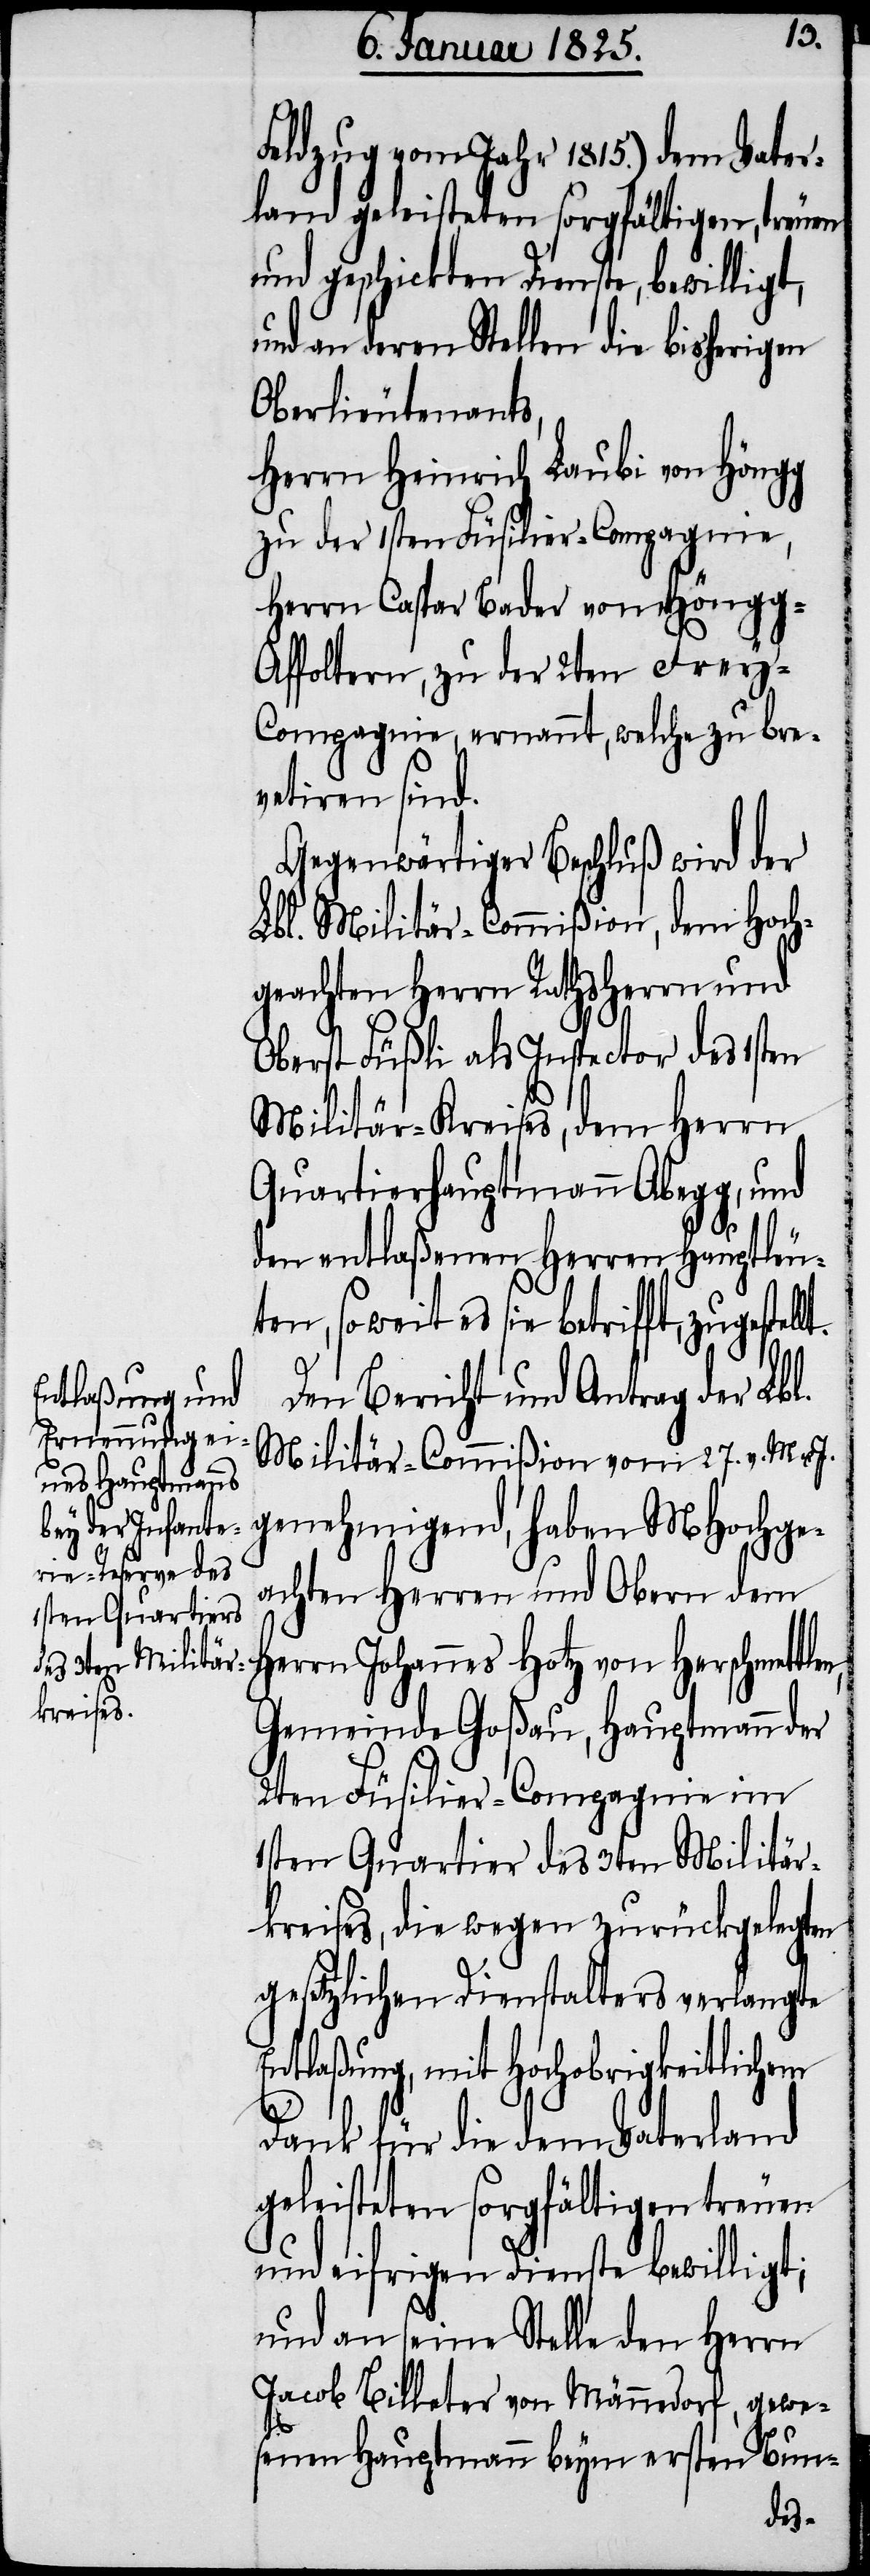
llt.
Feldzug vom Jahr 1815.) dem Vater¬
land geleisteten sorgfältigen, treuen
und geschickten Dienste, bewilligt,
und an deren Stellen die bisherigen
Oberlieutenants,
Herrn Heinrich Laubi von Höngg
zu der 1sten Füsilier-Compagnie,
Herrn Caspar Bader vom Höngg-A¬
ffoltern, zu der 2ten Frey-C¬
ompagnie, ernennt, welche zu bre¬
vetiren sind.
Gegenwärtiger Beschluß wird der
Lbl. Militär-Commißion, dem Hoch¬
geachten Herrn Rathsherrn und
Oberst Füßli als Inspector des 1sten
Militär-Kreises, dem Herrn
Quartierhauptmann Abegg, d¬
en entlaßenen Herren Hauptleut¬
en, sowie es sie betrifft, zugeste¬
Den Bericht und Antrag der Lbl.
Militär-Commißion vom 27. v. M. u.
genehmigend, haben MHochge¬
achten Herren und Obern dem
Herrn Johannes Hotz von Herschmett¬
Gemeinde Goßau, Hauptmann der
2ten Füsilier-Compagnie im
1sten Quartier des 3ten Militär¬
kreises, die wegen zurückgelegten
gesetzlichen Dienstalters verlangte
Entlaßung, mit Hochobrigkeitlichem
Dank für die dem Vaterland
geleisteten sorgfältigen treuen
und eifrigen Dienste bewilligt;
und an seine Stelle den Herrn
Jacob Billeter von Männedorf, gewe¬
senen Hauptmann beym ersten Bun-
len,